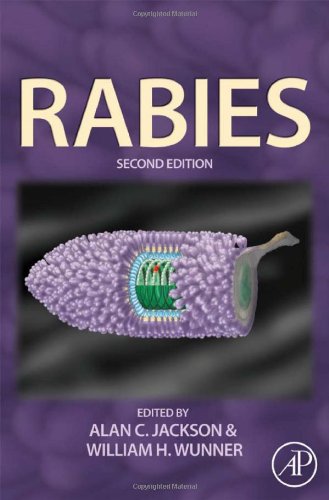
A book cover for Rabies, Second Edition: Scientific Basis of the Disease and Its Management; William H. Wunner; Medical Books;